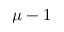
\mu - 1